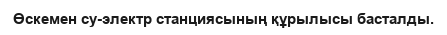
Өскемен су-электр станциясының құрылысы басталды.